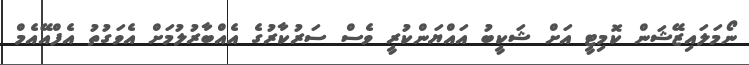
ނޯމަލައިޒޭޝަން ކޮމިޓީ އަށް ޝަކީބު އައްޔަންކުރީ ވެސް ސަރުކާރުގެ އެއްބާރުލުމަށް އެވަގުތު އެފްއޭއެމް